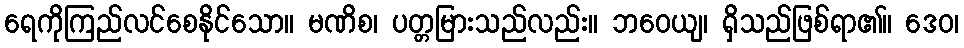
ရေကိုကြည်လင်စေနိုင်သော။ မဏိစ၊ ပတ္တမြားသည်လည်း။ ဘဝေယျ၊ ရှိသည်ဖြစ်ရာ၏။ ဒေဝ၊